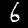
Digit: 6